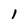
Character: 1